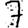
Digit: 7